system: You are a helpful assistant.
user:
Analyze the provided spectrum to determine if it is a **M-type Giant (gM)**.

A M-type Giant spectrum is defined by its **strong molecular absorption** features, particularly from **Titanium Oxide (TiO)**. You must check for one of the following mutually exclusive signatures:

- **Key Visual Indicators (Absorption-Dominated Spectrum):**

    - **(Primary):** The spectrum is dominated by strong molecular absorption from **Titanium Oxide (TiO)**. This is the **defining feature** of its M-type temperature class.
        - **(Key Bandheads):** Look for sharp, "saw-tooth" absorption valleys. The strongest are located near **~7050 Å**, **~6160 Å**, and **~5170 Å**.
        - **(Line Profile):** The "saw-tooth" morphology is critical: a **sharp, steep drop on the BLUE (short-wavelength) side** of the bandhead, followed by a gradual recovery (rising flux) towards the RED (long-wavelength) side.

    - **(Key Confirmation - Giant vs. Dwarf):** **ABSENCE** of strong **Calcium Hydride (CaH)** molecular bands. This is the primary diagnostic for *excluding* M-dwarfs.
        - **(Key Region):** The spectrum should lack the strong, broad absorption band seen in dwarfs between **~6800 Å and ~7000 Å**.

    - **(Secondary Confirmation - Giant):** A very strong and broad **Neutral Calcium (Ca I)** atomic absorption line.
        - **(Key Line):** Located at **~4226 Å**. In a giant (gM), this line is significantly deeper and broader than the same line in an M-dwarf (dM) due to low surface gravity.

    - **(Overall Spectrum):**
        - The continuum is **extremely red-sloping** (i.e., flux is very low in the blue and rises dramatically towards the red).
        - The entire spectrum appears "chopped up" by the deep TiO bands.

Think first, call **spectral_visualization_tool** if needed to examine features in detail, then provide your final answer. Your response must adhere to the following strict rules:
1.  **Overall Structure:** Your response must follow the format `<think>...</think> <tool_call>...</tool_call> (if a tool is used) <answer>...</answer>`.
2.  **Tool Usage Constraint:** You may only make **one** tool call per turn.
3.  **Final Answer Format:** In the `<answer>` tag, your conclusion must be inside a `\boxed{}` command (e.g., `\boxed{YES}` or `\boxed{NO}`), followed by your justification.

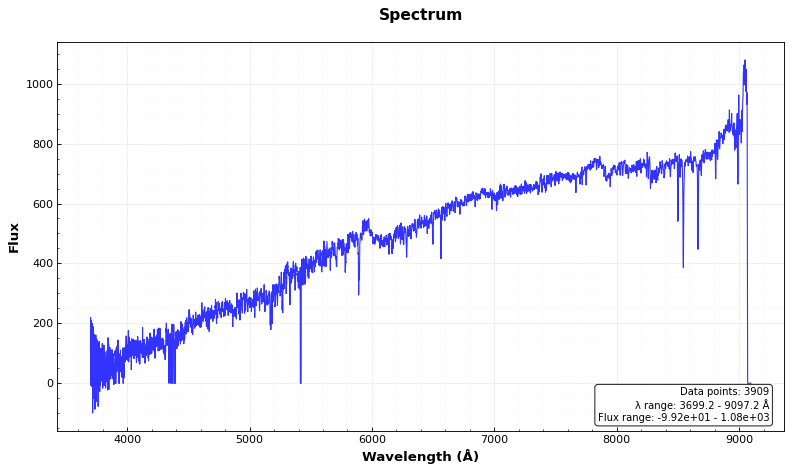
Answer: NO